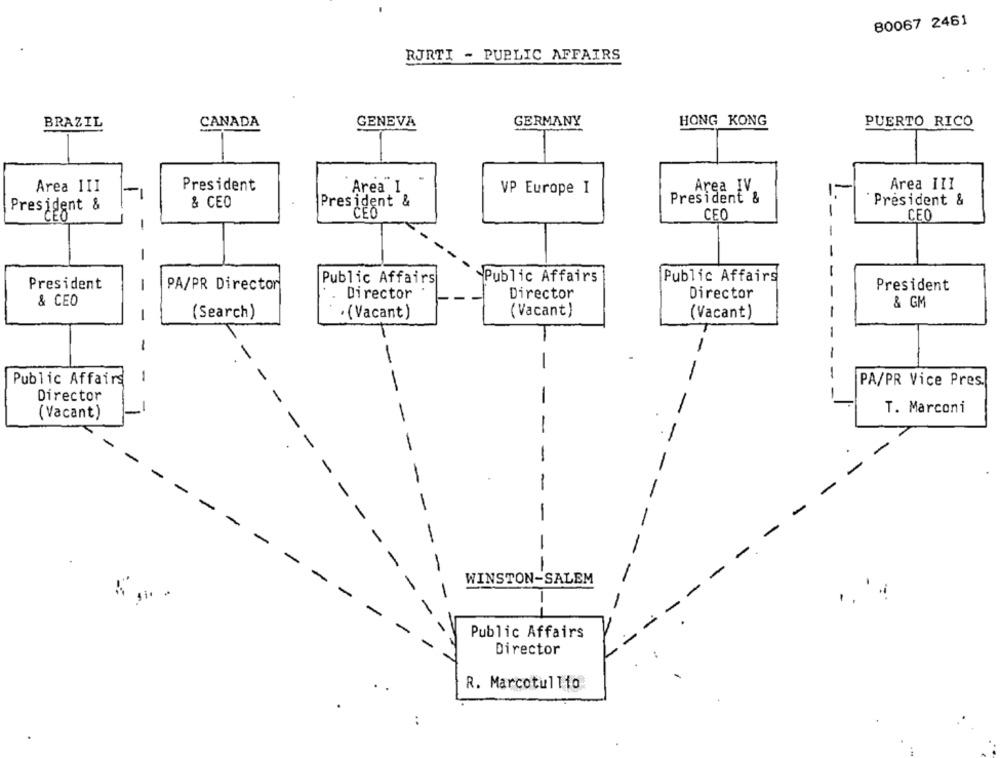
80067 2461
RJRTI - PUBLIC AFFAIRS
GERMANY
HONG KONG
BRAZIL
CANADA
GENEVA
PUERTO RICO
Area III
President
Area I
Area IV
Area III
VP Europe I
& CEO
President &
President &
Président &
President &
1
CEO
CEO
CEO
-
-
-
Public Affairs
Public Affairs
Public Affairs
President
PA/PR Director
President
Director
Director
Director
-
& CEO
& GM
(Search)
· (Vacant)
( Vacant)
(Vacant)
-
-
L-
-
-
1
-
-
-
Public Affairs
PA/PR Vice Pres.
Director
-
T. Marconi
(Vacant)
-
- -
-
-
-
-
-
1
-
-
-
-
-
-
-
-
-
-
-
-
-
-
WINSTON-SALEM
-
-
- -
Public Affairs
Director
R. Marcotullio